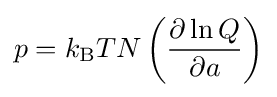
p=k_{\mathrm {B} }TN\left({\frac {\partial \ln Q}{\partial a}}\right)